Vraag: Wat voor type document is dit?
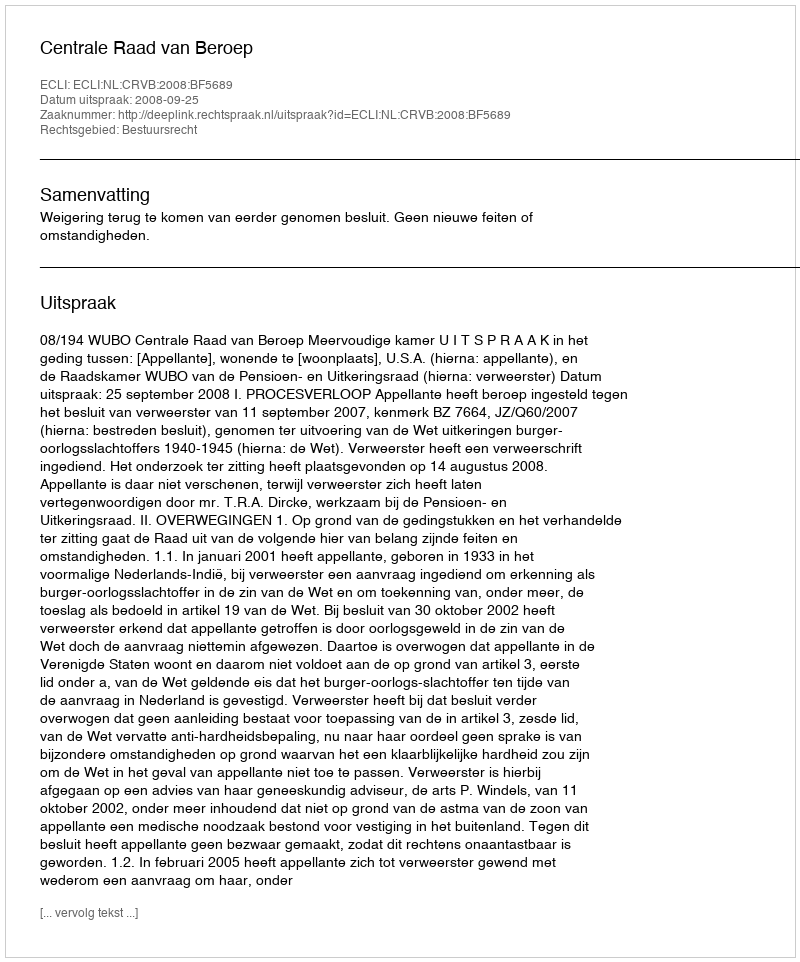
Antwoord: Uitspraak